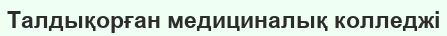
Талдықорған медициналық колледжі